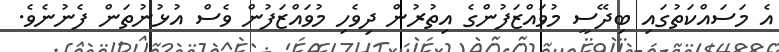
އެ މަސައްކަތުގައި ބިދޭސީ މުވައްޒަފުންގެ އިތުރުން ދިވެހި މުވައްޒަފުން ވެސް އުޅުނުތަން ފެނުނެވެ.